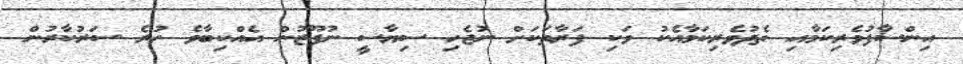
އިންސާފުވެރިކަމާއި ތެދުވެރިކަމާއެކު ވަކި ފަރާތަކަށް ނުޖެހި ސިޔާސީ ނުފޫޒުން އެއްކިބާވެ ހުރެ ސަރުކާރުން